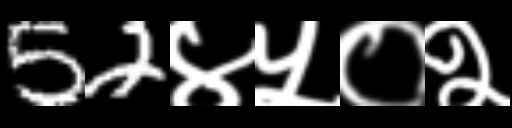
Text: 52४५०२